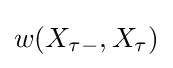
w(X_{\tau -},X_{\tau })